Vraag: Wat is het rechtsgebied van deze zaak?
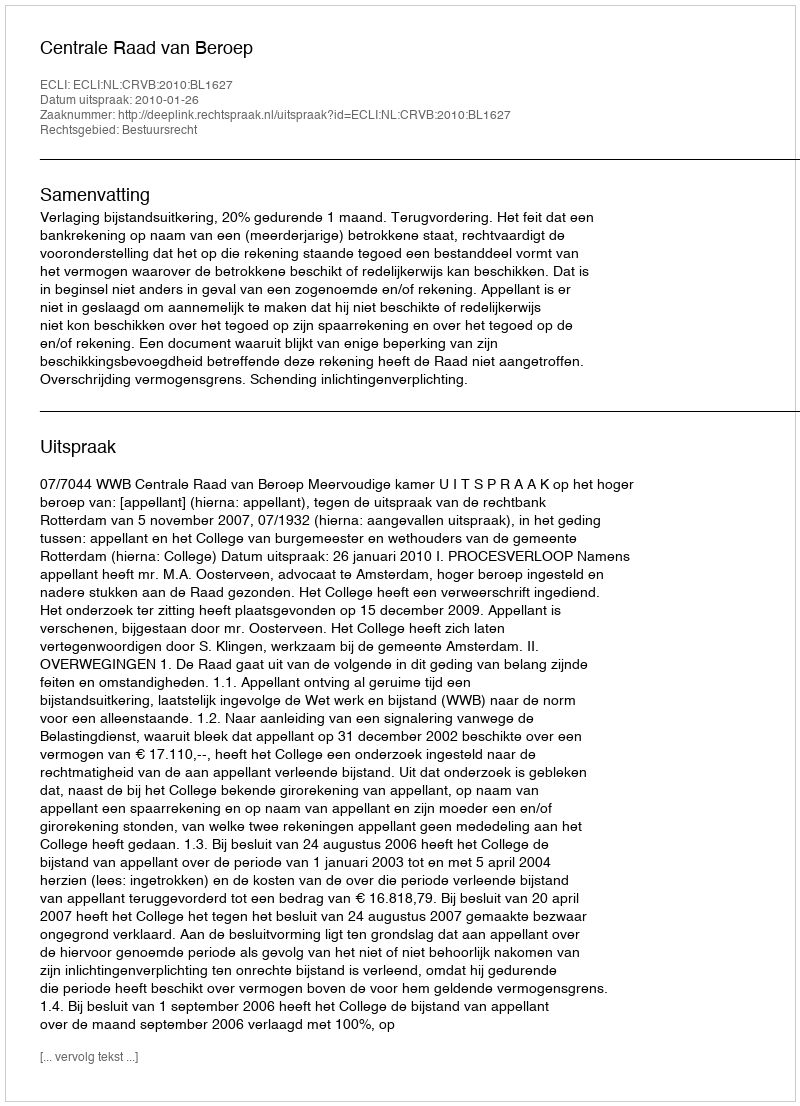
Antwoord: Bestuursrecht